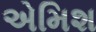
એમિશ